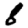
Digit: 8